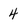
Character: 4